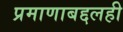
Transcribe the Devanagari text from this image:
प्रमाणाबद्दलही